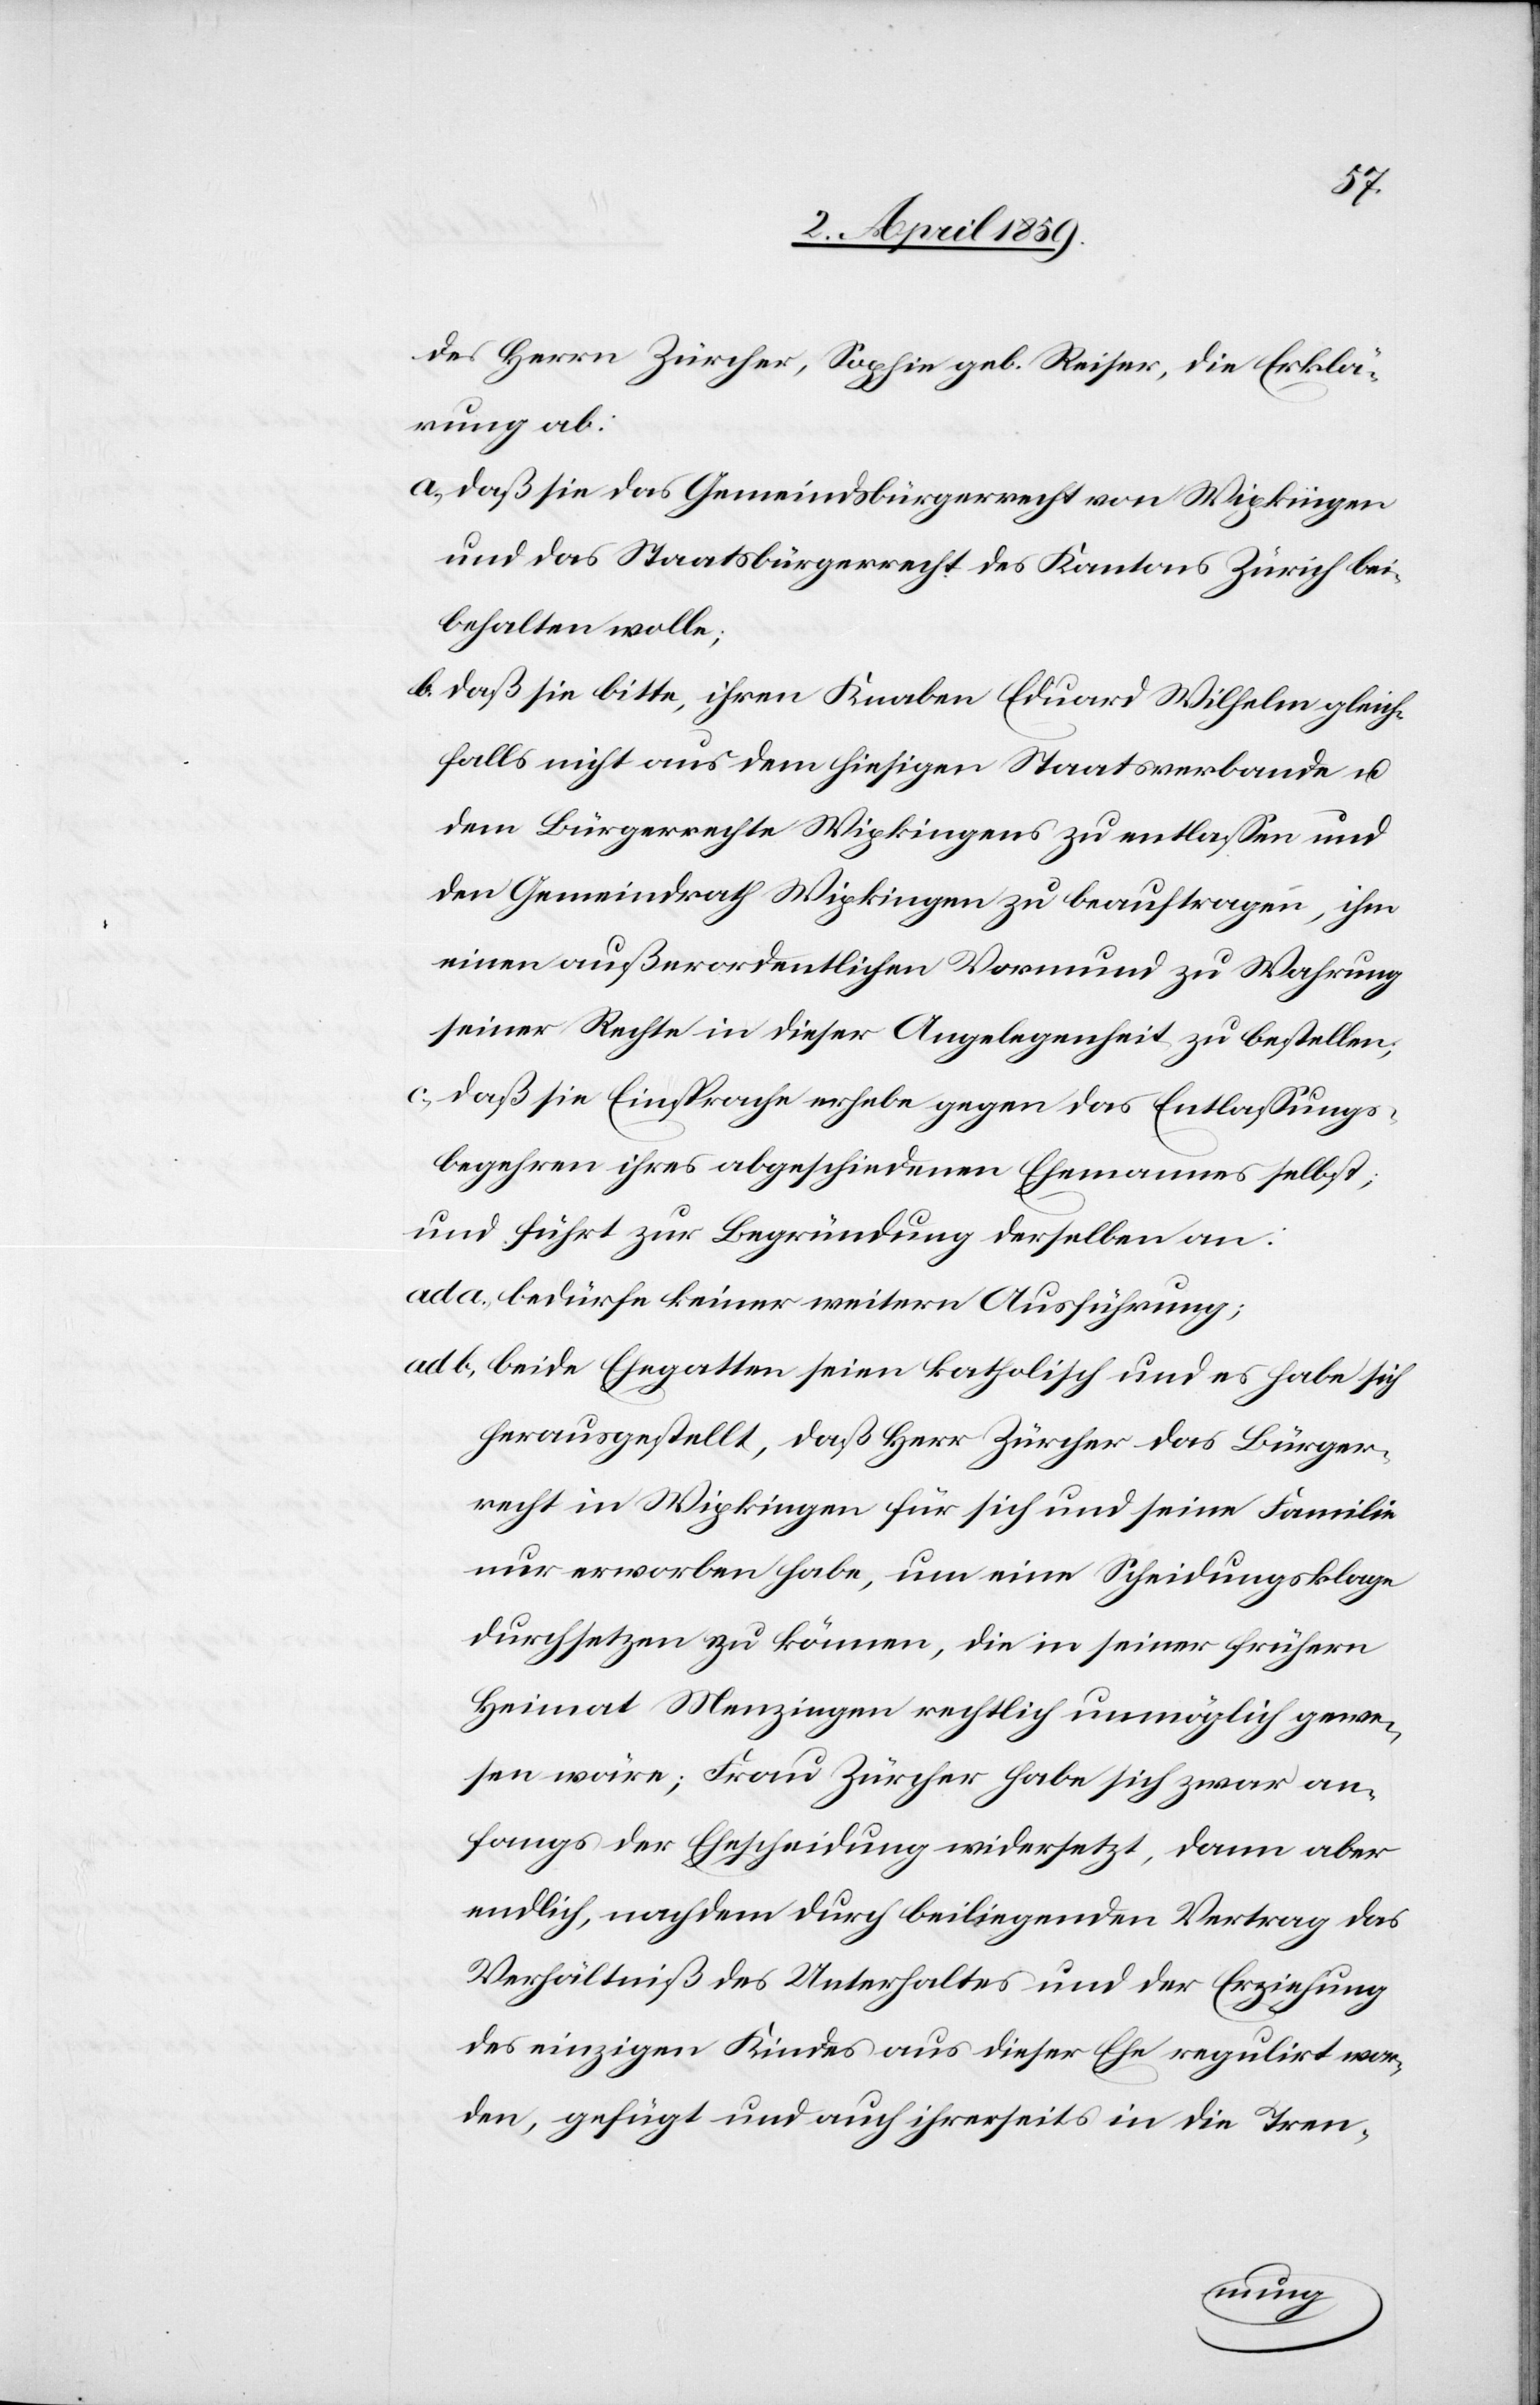
des Herrn Zürcher, Sophie geb. Reiser, die Erklä¬
rung ab:
a) daß sie das Gemeindsbürgerrecht von Wipkingen
und das Staatsbürgerrecht des Kantons Zürich bei¬
behalten wolle;
b) daß sie bitte, ihren Knaben Eduard Wilhelm gleich¬
falls nicht aus dem hiesigen Staatsverbande u.
dem Bürgerrechte Wipkingen zu entlaßen und
den Gemeindrath Wipkingen zu beauftragen, ihm
einen außerordentlichen Vormund zu Wahrung
seiner Rechte in dieser Angelegenheit zu bestellen;
c) daß sie Einsprache erhebe gegen das Entlaßungs¬
begehren ihres abgeschiedenen Ehemannes selbst;
und führt zur Begründung derselben an:
ad a) bedürfe keiner weitern Ausführung;
ad b) beide Ehegatten seien katholisch und es habe sich
herausgestellt, daß Herr Zürcher das Bürger¬
recht in Wipkingen für sich und seine Familie
nur erworben habe, um eine Scheidungsklage
durchsetzen zu können, die in seiner frühern
Heimat Menzingen rechtlich unmöglich gewe¬
sen wäre; Frau Zürcher habe sich zwar an¬
fangs der Ehescheidung widersetzt, dann aber
endlich, nach dem durch beiliegenden Vertrag das
Verhältniß des Unterhaltes und der Erziehung
des einzigen Kindes aus dieser Ehe regulirt wor¬
den, gefügt und auch ihrerseits in die Tren-